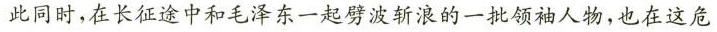
此同时，在长征途中和毛泽东一起劈波斩浪的一批领袖人物，也在这危